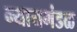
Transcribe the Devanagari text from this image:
न्यायमंडळ